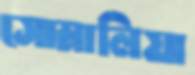
সোমালিয়া